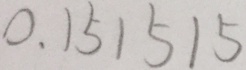
0 . 1 5 1 5 1 5